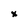
Character: x